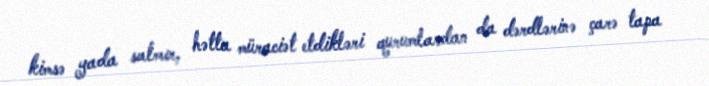
kimsə yada salmır, hətta müraciət etdikləri qurumlardan da dərdlərinə çarə tapa